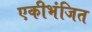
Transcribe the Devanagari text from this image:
एकीभंजित